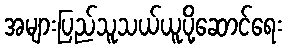
အများပြည်သူသယ်ယူပို့ဆောင်ရေး